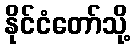
နိုင်ငံတော်သို့